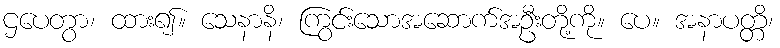
ဌပေတွာ၊ ထား၍။ သေနာနိ၊ ကြွင်းသောအဆောက်အဦးတို့ကို။ ပေ။ အနာပတ္တိ၊